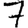
Digit: 7